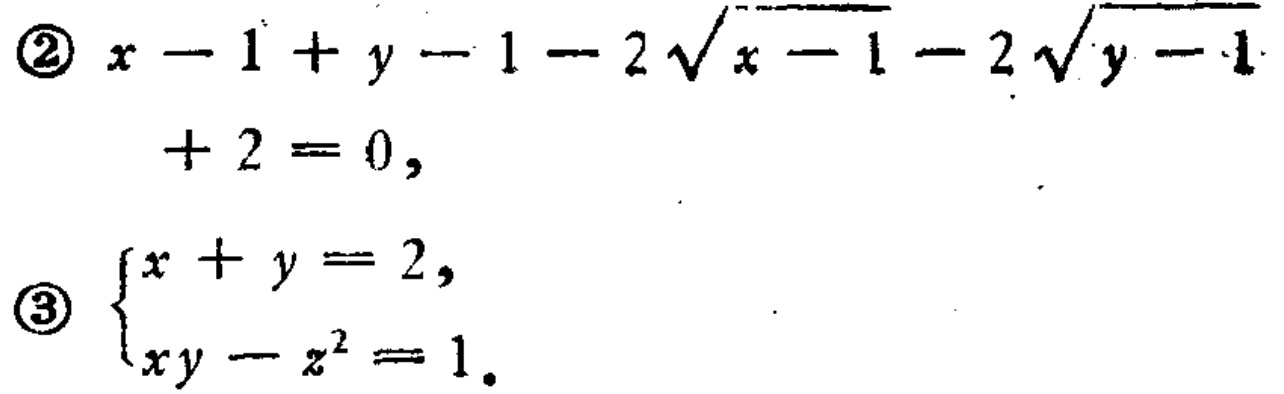
\textcircled{2} \(x - 1 + y - 1 - 2\sqrt{x - 1} - 2\sqrt{y - 1}+ 2 = 0,\)
\textcircled{3} \(\begin{cases}x + y = 2,\\xy - z^{2} = 1.\end{cases}\)